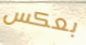
بعكس